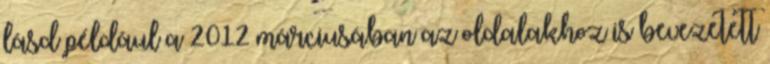
lásd például a 2012 márciusában az oldalakhoz is bevezetett